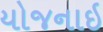
યોજનાઇ